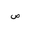
Letter: _sad